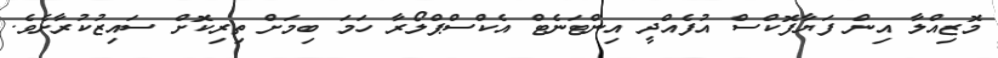
މޮޒިއްލާ އިން ފަޔާފޮކްސް އުފެއްދީ އިންޓަނެޓް އެކްސްޕްލޯރާ ހަމަ ބިމަށް ތިރިކޮށް ސައިޒުކުރާށެވެ.